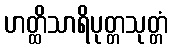
ဟတ္ထိသာရိပုတ္တသုတ္တံ